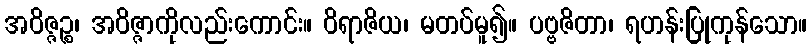
အဝိဇ္ဇဉ္စ၊ အဝိဇ္ဇာကိုလည်းကောင်း။ ဝိရာဇိယ၊ မတပ်မူ၍။ ပဗ္ဗဇိတာ၊ ရဟန်းပြုကုန်သော။